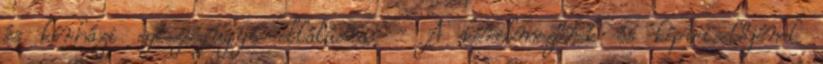
és kórházi egészségügyi ellátásra. - A kérelmezőnek és képviselőjének